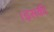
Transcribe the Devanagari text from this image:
।इसकी